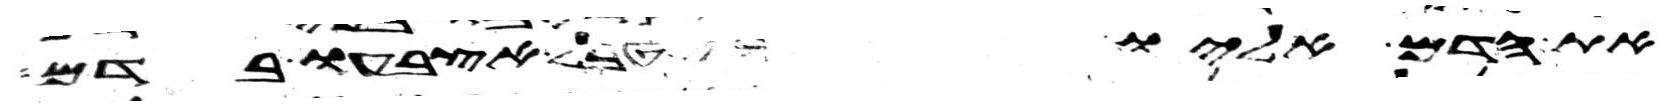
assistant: את הדם אליו ויטבל אצבעו בדם